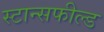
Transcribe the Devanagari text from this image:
स्टान्सफील्ड